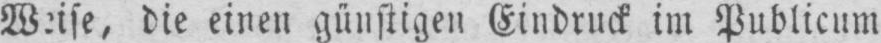
Weise, die einen günstigen Eindruck im Publicum